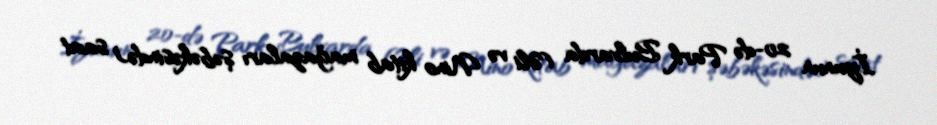
İyunun 20-də Park Bulvarda (Əli və Nino kitab mağazaları şəbəkəsində) saat